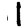
Digit: 1